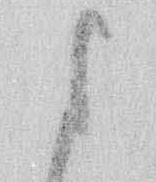
よ